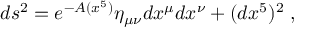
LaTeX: d s ^ { 2 } = e ^ { - A ( x ^ { 5 } ) } \eta _ { \mu \nu } d x ^ { \mu } d x ^ { \nu } + ( d x ^ { 5 } ) ^ { 2 } \; ,